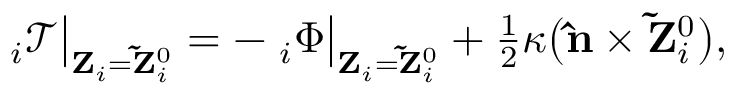
\begin{array} { r } { { \bf \nabla } _ { i } \mathcal { T } \big | _ { { \bf Z } _ { i } = { \bf \tilde { Z } } _ { i } ^ { 0 } } = - { \bf \nabla } _ { i } \Phi \big | _ { { \bf Z } _ { i } = { \bf \tilde { Z } } _ { i } ^ { 0 } } + \frac { 1 } { 2 } \kappa \big ( { \bf \hat { n } } \times { \bf \tilde { Z } } _ { i } ^ { 0 } \big ) , } \end{array}